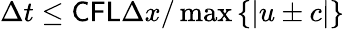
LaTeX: \Delta t\leq\mathsf{CFL}\Delta x/\operatorname*{max}\left\{ |u\pm c|\right\}